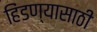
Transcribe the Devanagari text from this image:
हिंडण्यासाठी